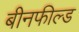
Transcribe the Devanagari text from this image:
बीनफील्ड